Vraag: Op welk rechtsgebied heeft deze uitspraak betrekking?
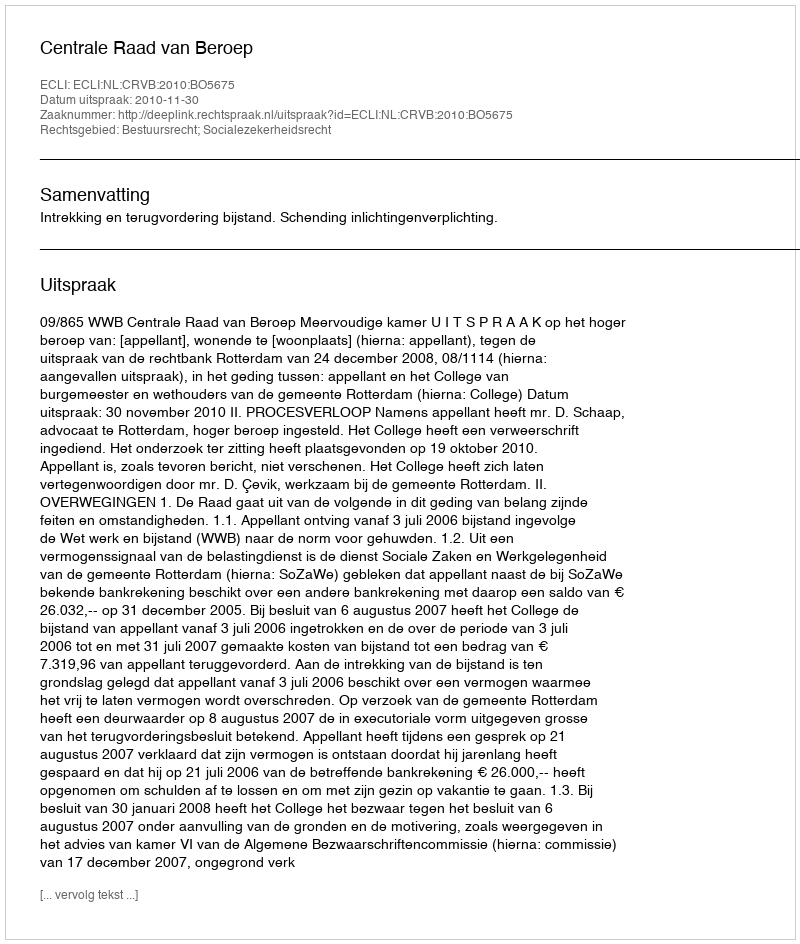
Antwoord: Bestuursrecht; Socialezekerheidsrecht